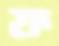
ফ